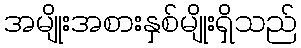
အမျိုးအစားနှစ်မျိုးရှိသည်